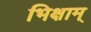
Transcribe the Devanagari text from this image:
भिक्षाम्